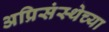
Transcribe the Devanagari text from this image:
अप्रिसंस्थेच्या